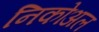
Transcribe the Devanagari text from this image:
निकोअल